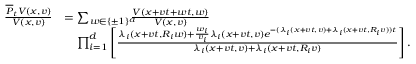
\begin{array} { r l } { \frac { \overline { { P } } _ { t } V ( x , v ) } { V ( x , v ) } } & { = \sum _ { w \in \{ \pm 1 \} ^ { d } } \! \! \! \! \frac { V ( x + v t + w t , w ) } { V ( x , v ) } } \\ & { \quad \prod _ { i = 1 } ^ { d } \left[ \frac { \lambda _ { i } ( x + v t , R _ { i } w ) + \frac { w _ { i } } { v _ { i } } \lambda _ { i } ( x + v t , v ) e ^ { - ( \lambda _ { i } ( x + v t , v ) + \lambda _ { i } ( x + v t , R _ { i } v ) ) t } } { \lambda _ { i } ( x + v t , v ) + \lambda _ { i } ( x + v t , R _ { i } v ) } \right] . } \end{array}